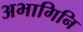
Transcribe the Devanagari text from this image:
अभागिनि